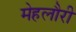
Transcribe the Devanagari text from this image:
मेहलौरी